Report on sanitation, dispensaries, and jails in Rajputana for 1916, and on vaccination for the year 1916-1917 - 1916-1917
Year: 1916
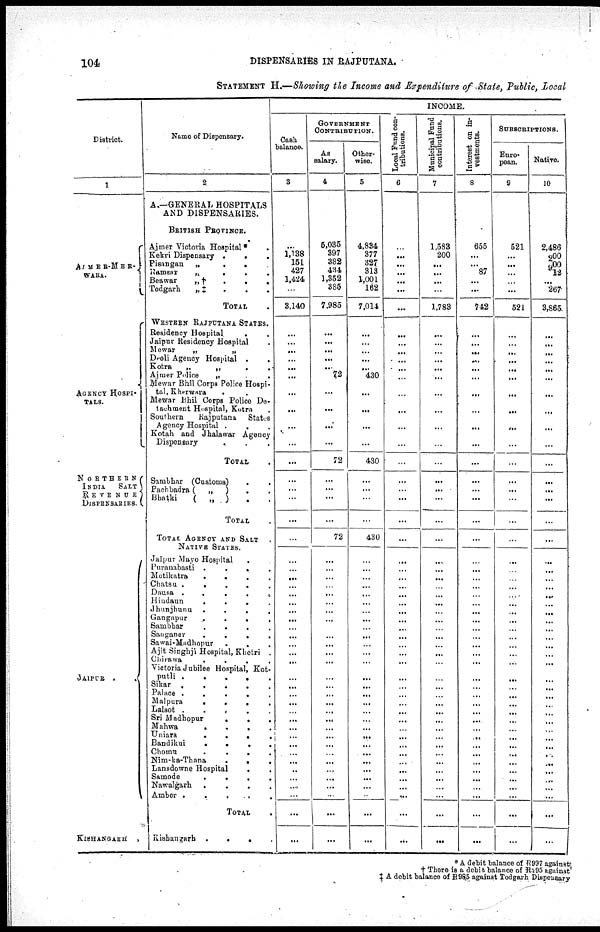
104
DISPENSARIES IN RAJPUTANA.
STATEMENT H.—Showing the Income and Expenditure of State, Public, Local
District.
1
AJMER-MER¬
WARA.
AGENCY HOSPI¬
-----
NORTHERN
INDIA
SALT
REVENUE
DISPENSARIES.
JAIPUR
.
.
KISHANGARH
.
Name of Dispensary.
2
A.—GENERAL HOSPITALS
AND DISPENSARIES.
BRITISH PROVINCE.
Ajmer Victoria Hospital* .
Kekri Dispensary ...
Pisangan
„
...
Ramsar „ ...
Beawar „† ...
Todgarh
„ ‡ ...
TOTAL .
WESTERN RAJPUTANA STATES.
Residency Hospital ..
Jaipur Residency Hospital .
Mewar
„
„
Deoli Agency Hospital ..
Kotra
„
„
..
Ajmer Police
„ ..
Mewar Bhil Corps Police Hospi¬
tal, Kherwara
...
Mewar Bhil Corps Police De¬
tachment Hospital, Kotra .
Southern
Rajputana
States
Agency Hospital ...
Kotah and Jhalawar Agency
Dispensary ...
TOTAL .
Sambhar (Customs)
..
Pachbadra (
„
)
..
Bhatki
(
„
) ..
TOTAL .
TOTAL AGENCY AND SALT
NATIVE STATES.
Jaipur Mayo Hospital ..
Puranabasti
.
.
.
.
Motikatra
.
.
.
.
Chatsu
.....
Dausa
.
.
.
.
.
Hindaun
.
.
.
.
Jhunjhunu
.
.
.
.
Gangapur
.
.
.
.
Sambhar
.
.
.
.
Sanganer
.
.
.
.
Sawai-Madhopur
.
.
.
Ajit Singhji Hospital, Khetri .
Chirawa
.
.
.
.
Victoria Jubilee Hospital, Kot¬
putli
.
.
.
.
.
Sikar
Palace
.
.
.
.
.
Malpura
.
.
.
.
Lalsot
.
.
.
.
.
Sri Madhopur
.
.
.
Mahwa
.
.
.
.
Uniara
.
.
.
.
Bandikui
.
.
.
.
Chomu
.
.
.
.
Nim-ka-Thana
.
.
.
Lansdowne Hospital
..
Samode
.
.
.
.
Nawalgarh
.
.
.
.
Amber
.
.
.
.
TOTAL .
Kishangarh .
.
.
.
INCOME.
Cash
balance.
3
...
1,138
151
427
1,424
...
3,140
...
...
...
...
...
...
...
...
...
...
...
...
...
...
...
...
...
...
...
...
...
...
...
...
...
...
...
...
...
...
...
...
...
...
...
...
...
...
...
...
...
...
...
...
...
...
GOVERNMENT
CONTRIBUTION.
As
salary.
4
5,035
397
382
434
1,352
385
7,985
...
...
...
...
...
72
...
...
...
...
72
...
...
...
...
72
...
...
...
...
...
...
...
...
...
...
...
...
...
...
...
...
...
...
...
...
...
...
...
...
...
... ...
...
...
...
...
Other-
wise.
5
4.834
377
327
313
1,001
162
7,014
...
...
...
...
...
430
...
...
...
...
430
...
...
...
...
430
...
...
...
...
...
...
...
...
...
...
...
...
...
...
...
...
...
...
...
...
...
...
...
...
...
...
...
...
...
...
...
Local Fund con¬
tribution.
6
...
...
...
...
...
...
...
...
...
...
...
...
...
...
...
...
...
...
...
...
...
...
...
...
...
...
...
...
...
...
...
...
...
...
...
...
...
...
...
...
...
...
...
...
...
...
...
...
...
...
...
...
...
...
Municipal Fund
contributious.
7
1.583
200
...
...
...
...
1,783
...
...
...
...
...
...
...
...
...
...
...
...
...
...
...
...
...
...
...
...
...
...
...
...
...
...
...
...
...
...
...
...
...
...
...
...
...
...
...
...
...
...
...
...
...
...
...
Interest on in-
vestments.
8
655
...
...
87
...
...
742
...
...
...
...
...
...
...
...
...
...
...
...
...
...
...
...
...
...
...
...
...
...
...
...
...
...
...
...
...
...
...
...
...
...
...
...
...
...
...
...
...
...
...
...
...
...
...
SUBSCRIPTIONS.
Euro-
pean.
9
521
...
...
...
...
...
521
...
...
...
...
...
...
...
...
...
...
...
...
...
...
...
...
...
...
...
...
...
...
...
...
...
...
...
...
...
...
...
...
...
...
...
...
...
...
...
...
...
...
...
...
...
...
...
Native.
10
2,486
200
900
12
...
267
3,865
...
...
...
...
...
...
...
...
...
...
...
...
...
...
...
...
...
...
...
...
...
...
...
...
...
...
...
...
...
...
...
...
...
...
...
...
...
...
...
...
...
...
...
...
...
...
...
* A debit balance of R997 against¬
† There is a debit balance of R295 against
‡ A debit balance of R985 against Todgarh Dispensary